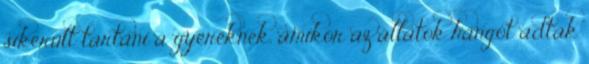
sikerült tartani a gyereknek, amikor az állatok hangot adtak